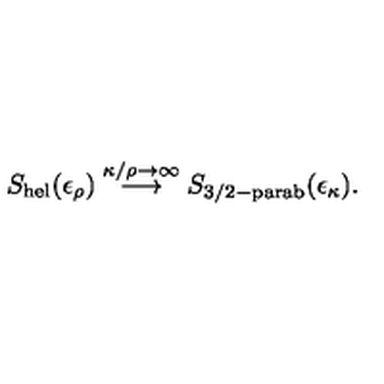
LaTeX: S _ { \mathrm { h e l } } ( \epsilon _ { \rho } ) \stackrel { \kappa / \rho \rightarrow \infty } { \longrightarrow } S _ { \mathrm { 3 / 2 - p a r a b } } ( \epsilon _ { \kappa } ) .